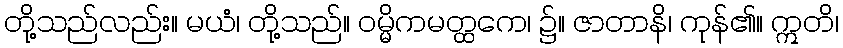
တို့သည်လည်း။ မယံ၊ တို့သည်။ ဝမ္မိကမတ္ထကေ၊ ၌။ ဇာတာနိ၊ ကုန်၏။ ဣတိ၊